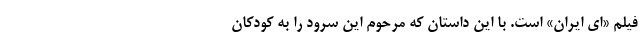
فیلم «ای ایران» است. با این داستان که مرحوم این سرود را به کودکان